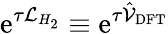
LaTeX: \mathrm{e}^{\tau\mathcal{L}_{H_{2}}}\equiv\mathrm{e}^{\tau\hat{\mathcal{V}}_{\mathrm{DFT}}}